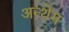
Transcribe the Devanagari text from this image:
अन्थेम